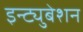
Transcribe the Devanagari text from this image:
इन्ट्युबेशन